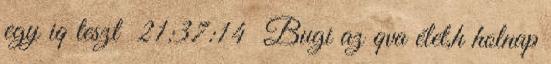
egy iq teszt 21:37:14 Bugi az qva élet,h holnap